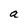
Character: a